Report on vaccination in Madras 1904-1921 - 1904-1921
Year: 1904
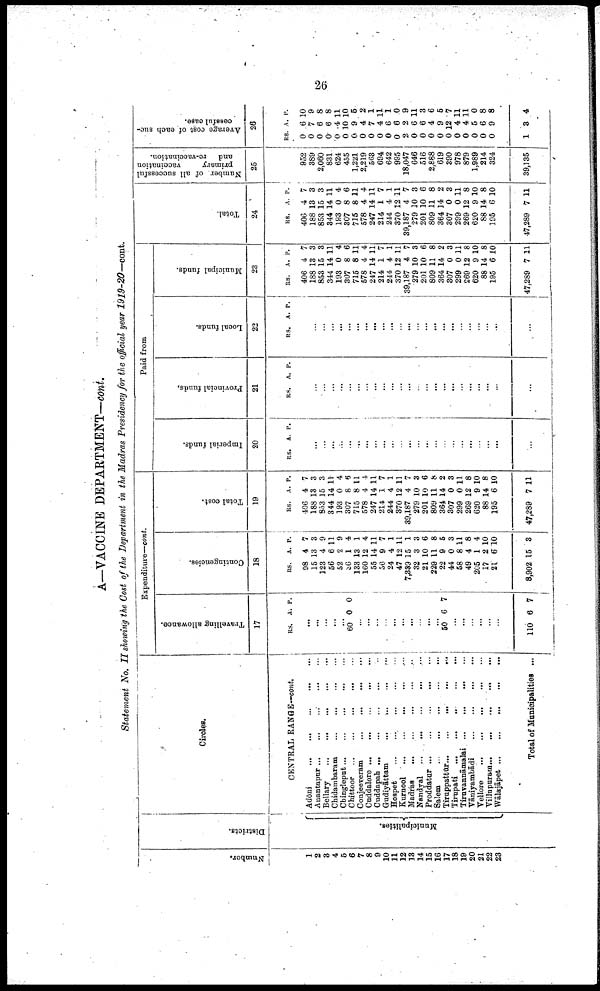
26
A—VACCINE DEPARTMENT—cont.
Statement No. II showing the Cost of the Department in the Madras Presidency for the official year 1919-20—cont.
Number.
1
2
3
4
5
6
7
8
9
10
11
12
13
14
15
16
17
18
19
20
21
22
23
Districts.
Municipalities.
Circles.
CENTRAL RANGE-cont.
Adöni... ... ... ... ...
Anantapur...
...
...
...
...
...
Bellary...
...
...
...
Chidambaram... ... ... ... ...
Cbingleput... ... ... ... ...
Chittoor...
...
...
...
...
...
Conjeeveram...
...
...
...
...
...
Cuddalore...
...
...
...
...
Cuddapah...
...
...
...
...
Gudiyāttam...
...
...
...
...
Hospet...
...
...
...
...
Kurnool...
...
...
...
...
Madras...
...
...
...
...
Nandyal... ... ... ... ... ...
Proddatur...
...
...
...
...
...
Salem...
...
...
...
...
...
Tiruppattūr...
...
...
...
...
Tirupati... ... ... ... ... ...
Tiruvannāmalai...
... ... ... ...
Vāniyambādi
...
...
...
...
Vellore... ... ... ... ... ...
Villupuram... ... ... ... ...
Wālajāpet...
... ... ... ... ...
Total of Municipalities
Expenditure—cont.
Travelling allowance.
17
RS. A. P.
...
...
...
...
...
60 0 0
...
...
...
...
...
...
...
...
...
...
50 6 7
...
...
...
...
...
...
110 6 7
Contingencies.
18
RS.
98
15
123
56
52
36
133
160
55
56
24
47
7,339
32
21
229
22
44
58
49
205
17
21
8,902
A.
4
13
4
6
2
1
13
12
14
9
4
12
15
3
10
11
9
0
8
4
1
2
6
15
P.
7
3
9
11
9
4
1
4
11
7
1
11
1
3
6
8
5
3
11
8
4
10
10
3
Total cost.
19
RS.
406
188
853
344
193
307
715
578
247
214
244
370
39,187
279
201
809
364
307
299
269
620
88
195
47,289
A.
4
13
15
14
0
8
8
4
14
1
4
12
4
10
10
11
14
0
0
12
9
14
6
7
P.
7
3
3
11
4
5
11
4
11
7
1
11
7
3
6
8
2
3
11
8
10
8
10
11
Paid from
Imperial funds.
20
RS. A. P.
...
...
...
...
...
...
...
...
...
...
...
...
...
...
...
...
...
...
...
...
...
...
...
Provincial funds.
21
RS. A. P.
...
...
...
...
...
...
...
...
...
...
...
...
...
...
...
...
...
...
...
...
...
...
...
Local funds.
22
RS, A. P.
...
...
...
...
...
...
...
...
...
...
...
...
...
...
...
...
...
...
...
...
...
...
...
Municipal funds.
23
RS.
406
188
853
344
193
307
715
578
247
214
244
370
39,187
279
201
809
364
307
299
269
620
88
195
47,289
A.
4
13
15
14
0
8
8
4
14
1
4
12
4
10
10
11
14
0
0
12
9
14
6
7
P.
7
3
3
11
4
6
11
4
11
7
1
11
7
3
6
8
2
3
11
8
10
8
10
11
Total.
24
RS.
406
188
853
344
193
307
715
578
247
214
244
370
39,187
279
201
809
364
307
299
269
620
88
195
47,289
A.
4
13
15
14
0
8
8
4
14
1
4
12
4
10
10
11
14
0
0
12
9
14
6
7
P.
7
3
3
11
4
6
11
4
11
7
1
11
7
3
6
8
2
3
11
8
10
8
10
11
Number of all successful
primary
vaccination
and
re-vaccination.
25
952
389
2,060
831
624
455
1,221
2,219
563
694
642
995
18,047
646
516
2,888
619
390
978
879
1,989
214
324
39,135
Average cost of each suc
cessful case.
26
RS.
0
0
0
0
0
0
0
0
0
0
0
0
2
0
0
0
0
0
0
0
0
0
0
1
A
6
7
6
6
4
10
9
4
7
4
6
6
2
6
6
4
9
12
4
4
5
6
9
3
P.
10
9
8
8
11
10
5
2
1
11
1
0
9
11
3
6
5
7
11
11
0
8
8
4